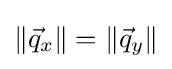
\left\Vert {\vec {q}}_{x}\right\Vert =\left\Vert {\vec {q}}_{y}\right\Vert